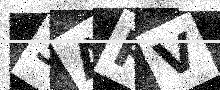
Text: 3ARV